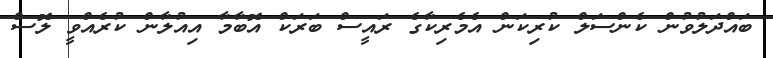
ބައްދަލުވުން ކެންސަލް ކުރިކަން އެމެރިކާގެ ރައީސް ބަރަކް އޮބާމާ އިއުލާން ކުރެއްވީ ލޮސް